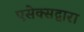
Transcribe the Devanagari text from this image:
एसेक्सद्वारा